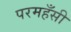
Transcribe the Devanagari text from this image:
परमहँसी